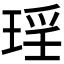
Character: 𭹠